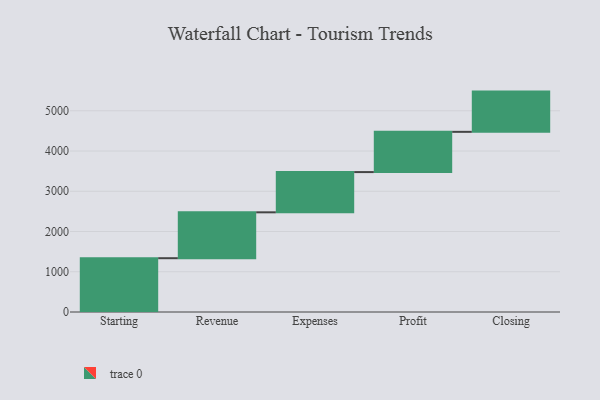
{"axis": {"x": "Step", "y": "Value"}, "legend": [""], "data": [{"x": "Starting", "y": 1337.0, "type": ""}, {"x": "Revenue", "y": 1140.0, "type": ""}, {"x": "Expenses", "y": 1000, "type": ""}, {"x": "Profit", "y": 1000, "type": ""}, {"x": "Closing", "y": 1000, "type": ""}]}